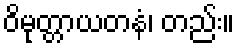
ဝိမုတ္တာယတနံ၊ တည်း။